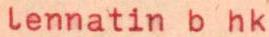
lennatin b hk